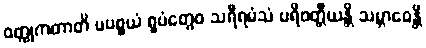
ဝတ္ထုကတာတိ မပစ္စယံ ရူပံတွေဝ သရီရမံသံ ပရိဝတ္တီယန္တိ သမ္ဘာဝေန္တိ